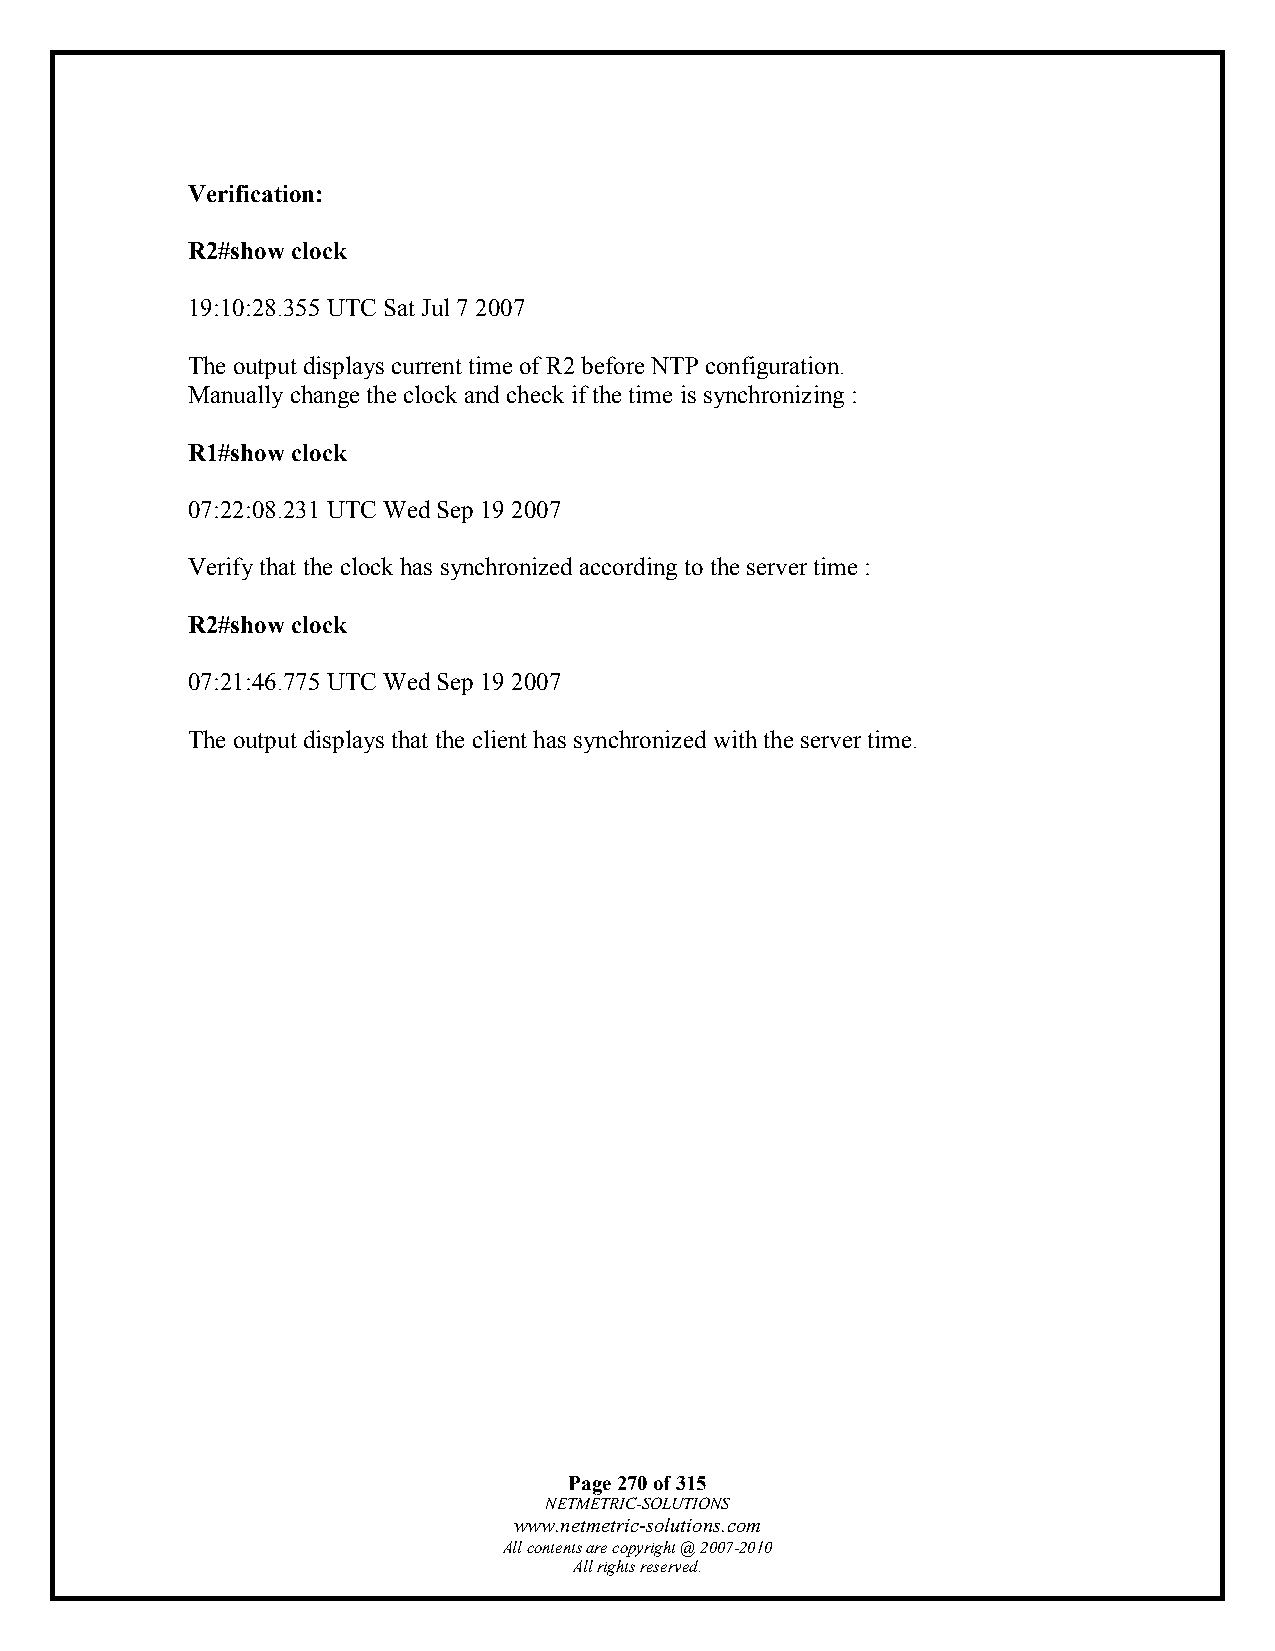
Verification:
 R2#show clock
 19:10:28.355 UTC Sat Jul 7 2007
 The output displays current time of R2 before NTP configuration.
 Manually change the clock and check if the time is synchronizing :
 R1#show clock
 07:22:08.231 UTC Wed Sep 19 2007
 Verify that the clock has synchronized according to the server time :
 R2#show clock
 07:21:46.775 UTC Wed Sep 19 2007
 The output displays that the client has synchronized with the server time.
 Page 270 of 315
 NETMETRIC-SOLUTIONS
 www.netmetric-solutions.com
 All contents are copyright @ 2007-2010
 All rights reserved.